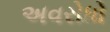
અવરોધો